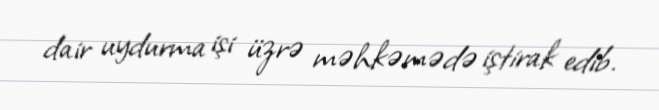
dair uydurma işi üzrə məhkəmədə iştirak edib.